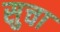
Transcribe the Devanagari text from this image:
सुचा